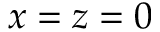
x = z = 0